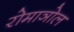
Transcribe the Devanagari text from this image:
रोमाञोल